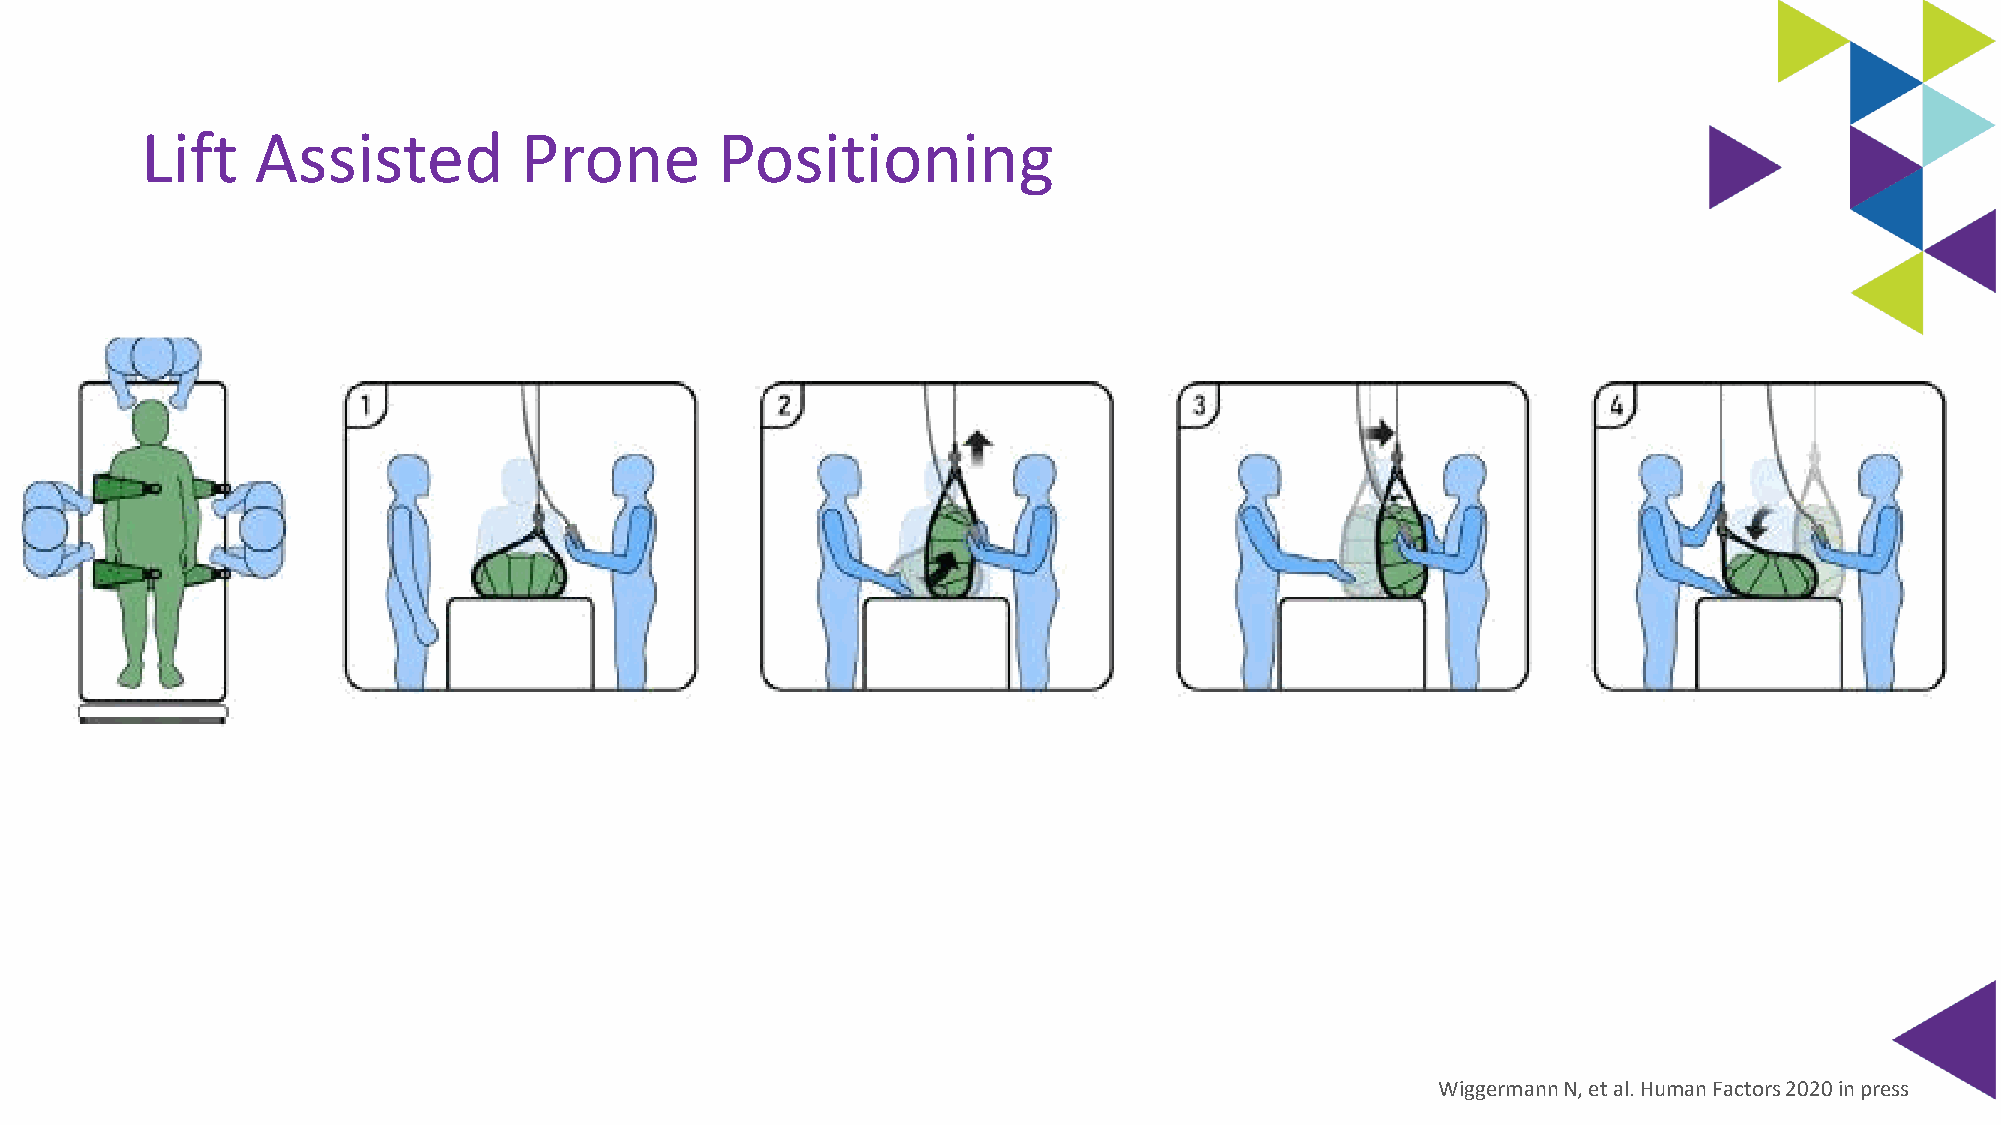
Lift    Assisted         Prone        Positioning
 WiggermannN, et al. Human Factors 2020 in press